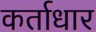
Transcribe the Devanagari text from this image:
कर्ताधार